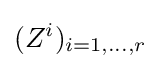
(Z^{i})_{i=1,\dots ,r}